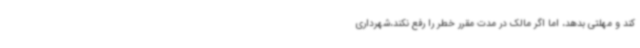
کند و مهلتی بدهد، اما اگر مالک در مدت مقرر خطر را رفع نکند،شهرداری